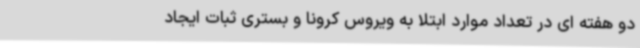
دو هفته ای در تعداد موارد ابتلا به ویروس کرونا و بستری ثبات ایجاد